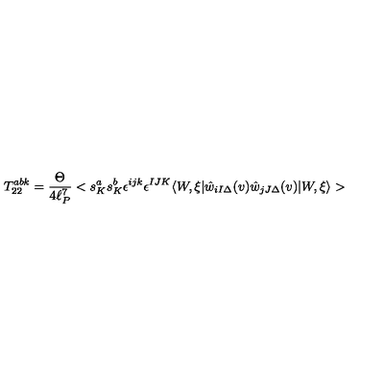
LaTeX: T _ { 2 2 } ^ { a b k } = \frac { \Theta } { 4 \ell _ { P } ^ { 7 } } < s _ { K } ^ { a } s _ { K } ^ { b } \epsilon ^ { i j k } \epsilon ^ { I J K } \langle W , \xi | \hat { w } _ { i I \Delta } ( v ) \hat { w } _ { j J \Delta } ( v ) | W , \xi \rangle >